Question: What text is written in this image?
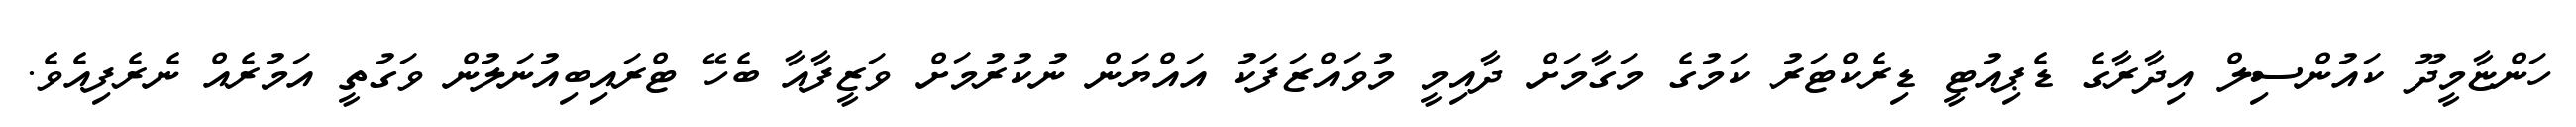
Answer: ހަންޏާމީދޫ ކައުންސިލް އިދާރާގެ ޑެޕިއުޓީ ޑިރެކްޓަރު ކަމުގެ މަގާމަށް ދާއިމީ މުވައްޒަފަކު އައްޔަން ނުކުރުމަށް ވަޒީފާއާ ބެހޭ ޓްރައިބިއުނަލުން ވަގުތީ އަމުރެއް ނެރެފިއެވެ.